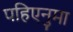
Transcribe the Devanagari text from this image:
पहिएनुमा